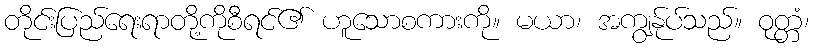
တိုင်းပြည်ရေးရာတို့ကိုစီရင်၏ ဟူသောစကားကို။ မယာ၊ အကျွန်ုပ်သည်။ ဝုတ္တံ၊